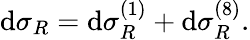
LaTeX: \mathrm{d}\sigma_{R}=\mathrm{d}\sigma_{R}^{(1)}+\mathrm{d}\sigma_{R}^{(8)}.